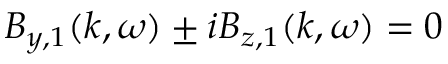
B _ { y , 1 } ( k , \omega ) \pm i B _ { z , 1 } ( k , \omega ) = 0